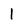
Character: 1